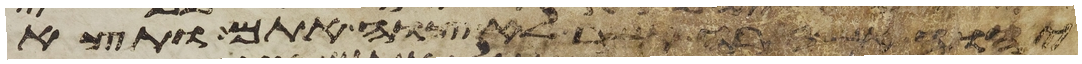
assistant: יהוה אש זרה אשר לא צוה אתם ותצא